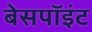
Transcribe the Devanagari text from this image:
बेसपॉइंट